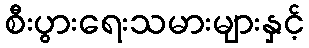
စီးပွားရေးသမားများနှင့်